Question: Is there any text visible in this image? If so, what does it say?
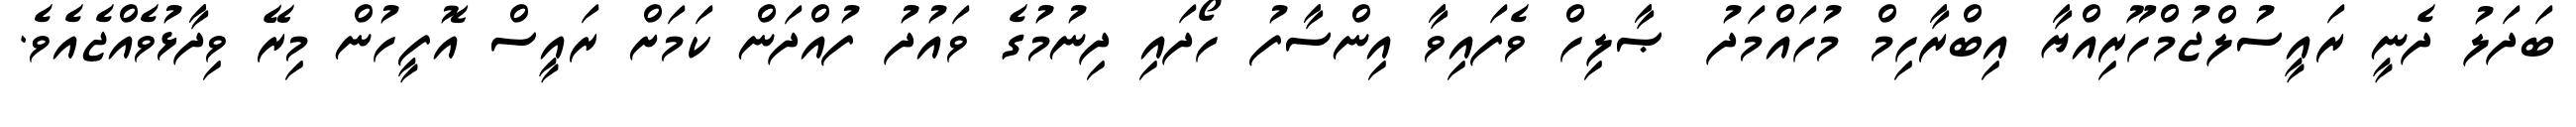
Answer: ބަދަލު ދެނީ ރައީސުލްޖުމްހޫރިއްޔާ އިބްރާހިމް މުހައްމަދު ޞާލިހް ވެފައިވާ އިންސާފު ހޯދައި ދިނުމުގެ ވައުދު ފުއްދަން ކަމަށް ރައީސް އޮފީހުން މިރޭ ވިދާޅުވެއްޖެއެވެ.